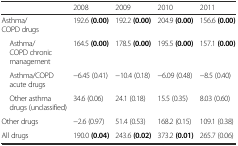
|  | 2008 | 2009 | 2010 | 2011 |
 | --- | --- | --- | --- | --- |
 | Asthma/COPD drugs | 192.6 (0.00) | 192.2 (0.00) | 204.9 (0.00) | 156.6 (0.00) |
 | Asthma/COPD chronic management | 164.5 (0.00) | 178.5 (0.00) | 195.5 (0.00) | 157.1 (0.00) |
 | Asthma/COPD acute drugs | −6.45 (0.41) | −10.4 (0.18) | −6.09 (0.48) | −8.5 (0.40) |
 | Other asthma drugs (unclassified) | 34.6 (0.06) | 24.1 (0.18) | 15.5 (0.35) | 8.03 (0.60) |
 | Other drugs | −2.6 (0.97) | 51.4 (0.53) | 168.2 (0.15) | 109.1 (0.38) |
 | All drugs | 190.0 (0.04) | 243.6 (0.02) | 373.2 (0.01) | 265.7 (0.06) |